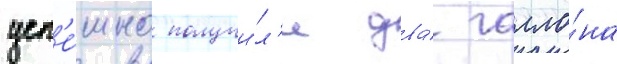
усп'е́шно получи́л'и два́ галло́на